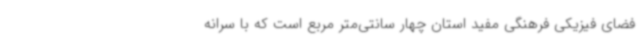
فضای فیزیکی فرهنگی مفید استان چهار سانتی‌متر مربع است که با سرانه